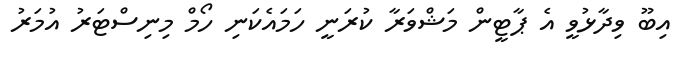
އިބޫ ވިދާޅުވީ އެ ޕާޓީން މަޝްވަރާ ކުރަނީ ހަމައެކަނި ހޯމް މިނިސްޓަރު އުމަރު